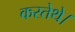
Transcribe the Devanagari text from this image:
करतेथे।